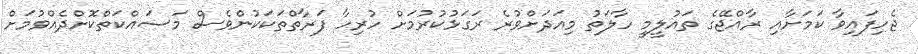
ޖެހިފައިވާ ކަމަށާއި ރާއްޖޭގެ ތައުލީމީ ހާލަތު މިއަދަށްވުރެ ރަގަޅުކުރުމަށް ހުރިހާ ފަރާތްތަކަކުންވެސް މަސައްކަތްކޮށްދެއްވުމަށް